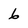
Character: 6